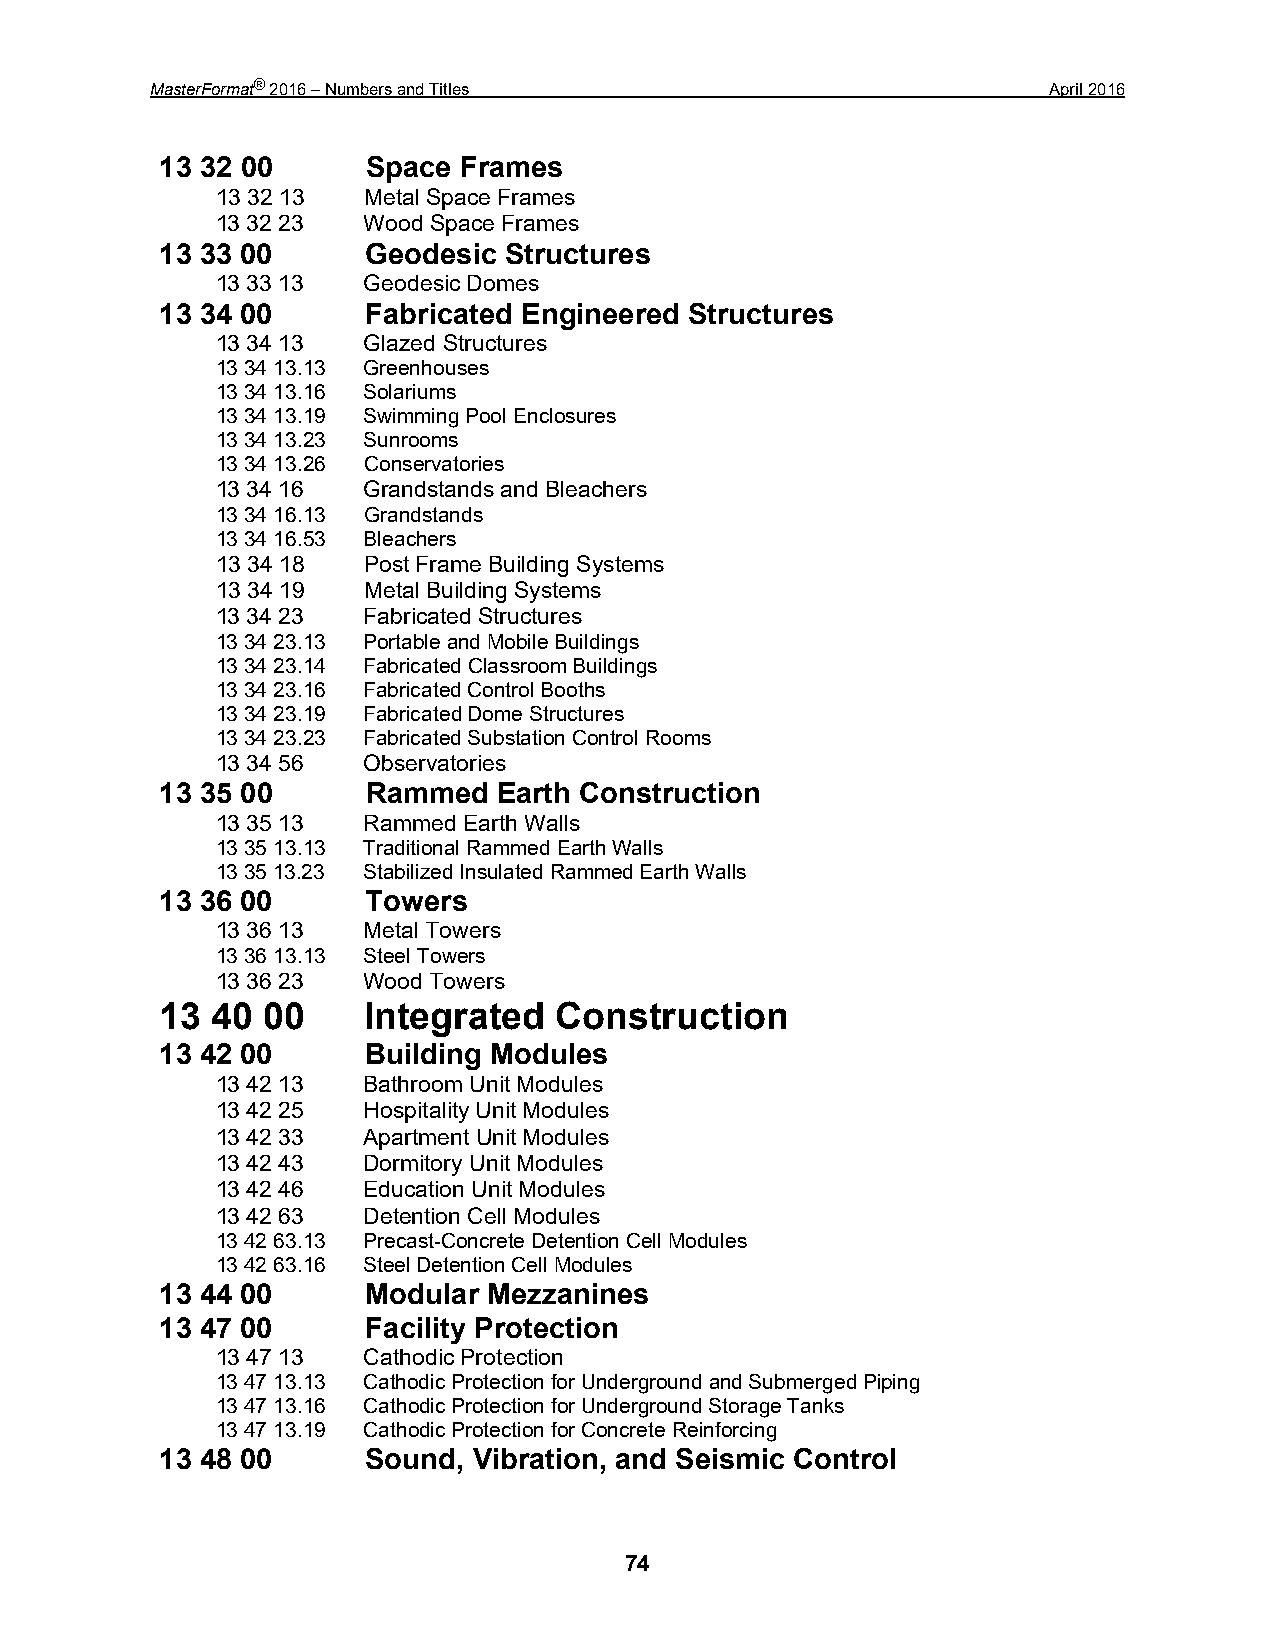
MasterFormat® 2016 – Numbers and Titles                     April 2016
 13 32 00     Space Frames
 13 32 13  Metal Space Frames
 13 32 23  Wood Space Frames
 13 33 00     Geodesic Structures
 13 33 13  Geodesic Domes
 13 34 00     Fabricated Engineered Structures
 13 34 13  Glazed Structures
 13 34 13.13 Greenhouses
 13 34 13.16 Solariums
 13 34 13.19 Swimming Pool Enclosures
 13 34 13.23 Sunrooms
 13 34 13.26 Conservatories
 13 34 16  Grandstands and Bleachers
 13 34 16.13 Grandstands
 13 34 16.53 Bleachers
 13 34 18  Post Frame Building Systems
 13 34 19  Metal Building Systems
 13 34 23  Fabricated Structures
 13 34 23.13 Portable and Mobile Buildings
 13 34 23.14 Fabricated Classroom Buildings
 13 34 23.16 Fabricated Control Booths
 13 34 23.19 Fabricated Dome Structures
 13 34 23.23 Fabricated Substation Control Rooms
 13 34 56  Observatories
 13 35 00     Rammed   Earth Construction
 13 35 13  Rammed Earth Walls
 13 35 13.13 Traditional Rammed Earth Walls
 13 35 13.23 Stabilized Insulated Rammed Earth Walls
 13 36 00     Towers
 13 36 13  Metal Towers
 13 36 13.13 Steel Towers
 13 36 23  Wood Towers
 13 40 00     Integrated   Construction
 13 42 00     Building Modules
 13 42 13  Bathroom Unit Modules
 13 42 25  Hospitality Unit Modules
 13 42 33  Apartment Unit Modules
 13 42 43  Dormitory Unit Modules
 13 42 46  Education Unit Modules
 13 42 63  Detention Cell Modules
 13 42 63.13 Precast-Concrete Detention Cell Modules
 13 42 63.16 Steel Detention Cell Modules
 13 44 00     Modular Mezzanines
 13 47 00     Facility Protection
 13 47 13  Cathodic Protection
 13 47 13.13 Cathodic Protection for Underground and Submerged Piping
 13 47 13.16 Cathodic Protection for Underground Storage Tanks
 13 47 13.19 Cathodic Protection for Concrete Reinforcing
 13 48 00     Sound, Vibration, and Seismic Control
 74